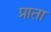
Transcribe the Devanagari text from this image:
प्राता